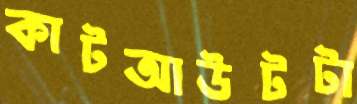
কাটআউটটা